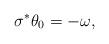
LaTeX: \begin{align*}\sigma^*\theta_0=-\omega,\end{align*}